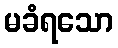
မခံရသော